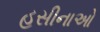
હસીનાઓ